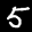
Label: 5